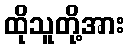
ထိုသူတို့အား